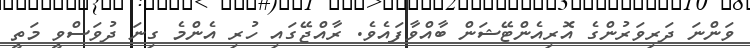
ވަންނަ ދަރިވަރުންގެ އޮރިއެންޓޭޝަން ބާއްވާފައެވެ. ރާއްޖޭގައި ހުރި އެންމެ ގިނަ ދުވަސްވީ މަތީ